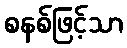
စနစ်ဖြင့်သာ